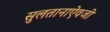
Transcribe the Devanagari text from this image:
सुलतानाऐवजी